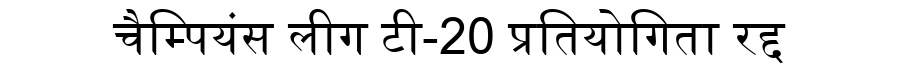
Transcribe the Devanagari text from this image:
चैम्पियंस लीग टी-20 प्रतियोगिता रद्द